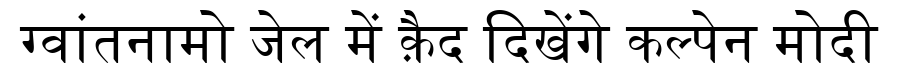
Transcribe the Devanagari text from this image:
ग्वांतनामो जेल में क़ैद दिखेंगे कल्पेन मोदी